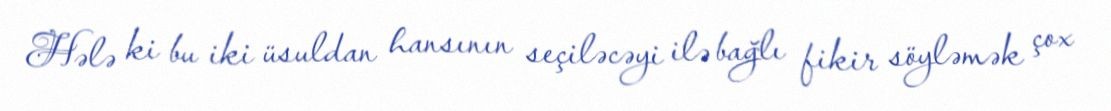
Hələ ki bu iki üsuldan hansının seçiləcəyi ilə bağlı fikir söyləmək çox